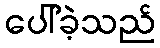
ပေါ်ခဲ့သည်